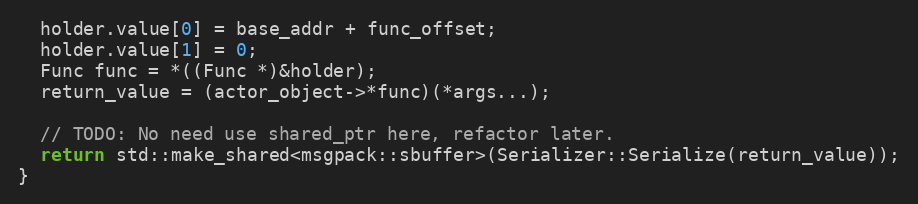
Language: C
  holder.value[0] = base_addr + func_offset;
  holder.value[1] = 0;
  Func func = *((Func *)&holder);
  return_value = (actor_object->*func)(*args...);

  // TODO: No need use shared_ptr here, refactor later.
  return std::make_shared<msgpack::sbuffer>(Serializer::Serialize(return_value));
}